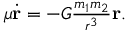
\begin{array} { r } { \frac { \d } { \d t } \mu \dot { \bf r } = - G \frac { m _ { 1 } m _ { 2 } } { r ^ { 3 } } { \bf r } . } \end{array}